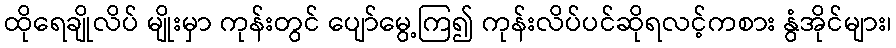
ထိုရေချိုလိပ် မျိုးမှာ ကုန်းတွင် ပျော်မွေ့ကြ၍ ကုန်းလိပ်ပင်ဆိုရလင့်ကစား နွံအိုင်များ၊